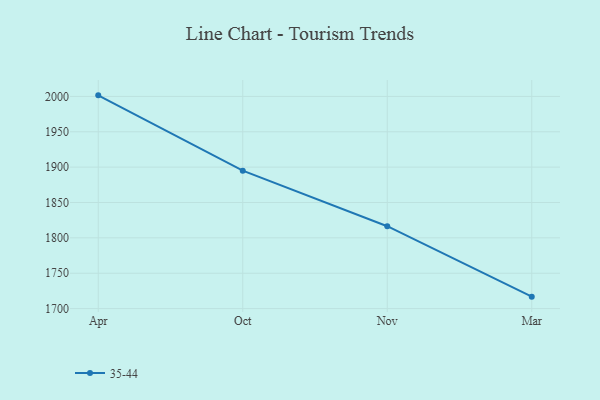
{"axis": {"x": "Month", "y": "Satisfaction Score"}, "legend": ["35-44"], "data": [{"x": "Apr", "y": 2001.5, "type": "35-44"}, {"x": "Oct", "y": 1895.0, "type": "35-44"}, {"x": "Nov", "y": 1816.5, "type": "35-44"}, {"x": "Mar", "y": 1716.9, "type": "35-44"}]}